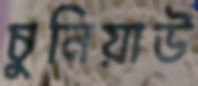
চুনিয়াউ